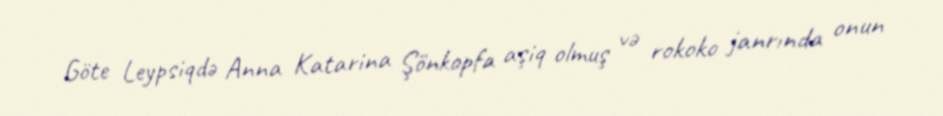
Göte Leypsiqdə Anna Katarina Şönkopfa aşiq olmuş və rokoko janrında onun